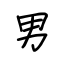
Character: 男